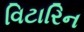
વિટારિન